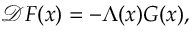
\begin{array} { r } { \mathcal { D } \boldsymbol { F } ( \boldsymbol { x } ) = - \Lambda ( \boldsymbol { x } ) G ( \boldsymbol { x } ) , } \end{array}